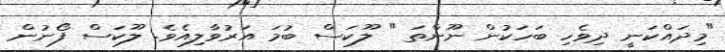
"މިދައްކަނީ ދިވެހި ބަހަކުން ނޫންތަ " ލޫކަސް ބުމަ އަރުވާލިއެވެ. ލޫކަސް ފޯނުން